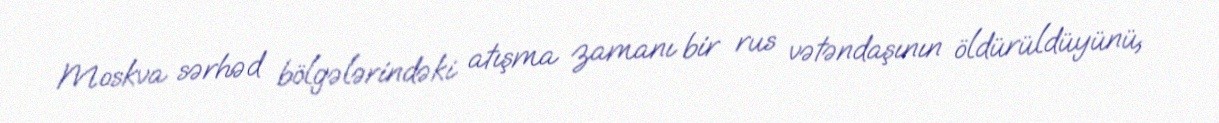
Moskva sərhəd bölgələrindəki atışma zamanı bir rus vətəndaşının öldürüldüyünü,